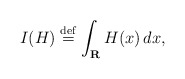
\begin{align*}I(H)\stackrel{\rm def}{=}\int_{{\bf R}}H(x)\,dx, \end{align*}